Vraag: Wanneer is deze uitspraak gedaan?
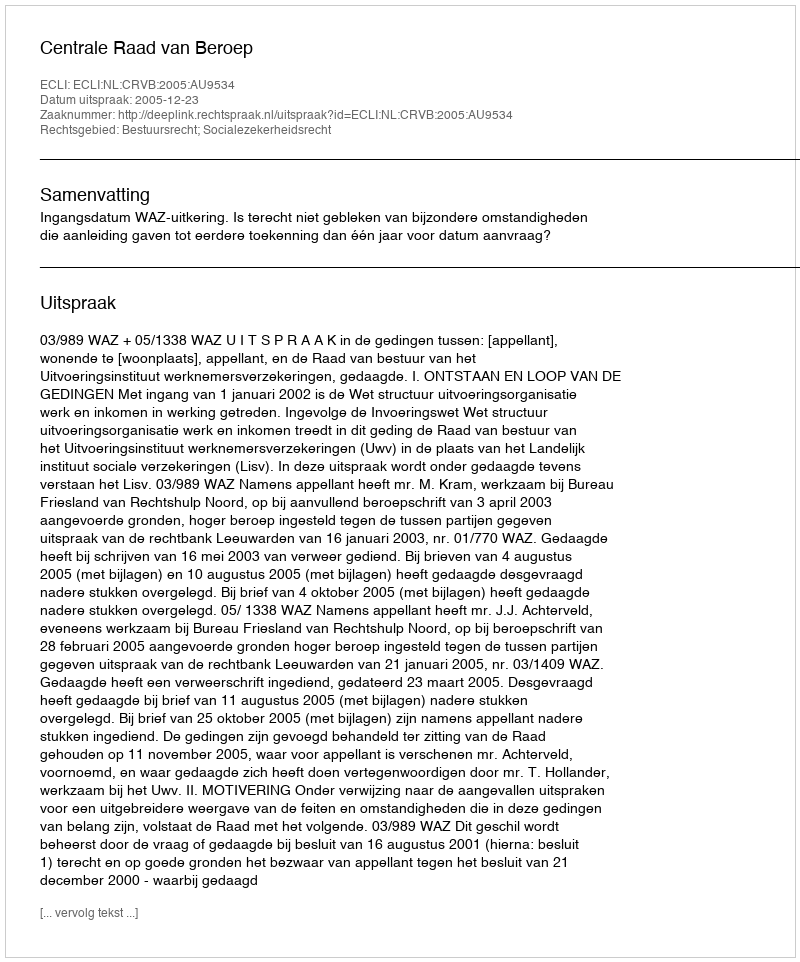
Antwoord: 2005-12-23